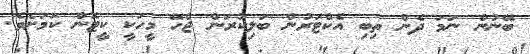
ބޭނުން ނަމަ ދެން ތިބި އެކްޓަރުން ބަލިކުރަން ޖެހޭ މީހަކީ ކީޓޮން ކަމަށެވެ.